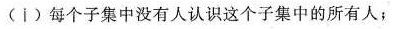
（i）每个子集中没有人认识这个子集中的所有人；